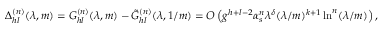
\Delta _ { h l } ^ { ( n ) } ( \lambda , m ) = G _ { h l } ^ { ( n ) } ( \lambda , m ) - \tilde { G } _ { h l } ^ { ( n ) } ( \lambda , 1 / m ) = O \left( g ^ { h + l - 2 } \alpha _ { s } ^ { n } \lambda ^ { \delta } ( \lambda / m ) ^ { k + 1 } \ln ^ { n } ( \lambda / m ) \right) ,